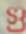
গু